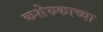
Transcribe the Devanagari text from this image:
कशेरुकाच्या